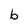
Character: b